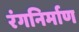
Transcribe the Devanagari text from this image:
रंगनिर्माण